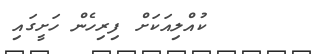
ކުއްލިއަކަށް ފިރިހެން ހަށީގައި